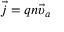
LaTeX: { \vec { j } } = q n { \vec { \upsilon } } _ { a }